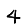
Digit: 4